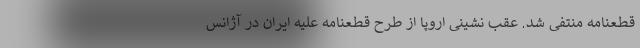
قطعنامه منتفی شد. عقب نشینی اروپا از طرح قطعنامه علیه ایران در آژانس